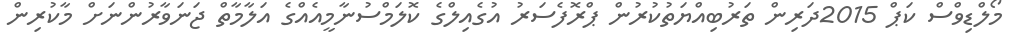
މޯލްޑިވްސް ކަޕް 2015ދަރިން ތަރުބިއްޔަތުކުރުން ޕްރޮފެސަރު އުގެއިލްގެ ކޮލަމްސުނާމީއެއްގެ އަލާމާތް ޖަނަވާރުންނަށް މާކުރިން